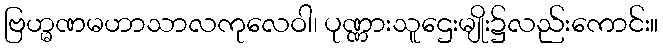
ဗြဟ္မဏမဟာသာလကုလေဝါ၊ ပုဏ္ဏားသူဌေးမျိုး၌လည်းကောင်း။